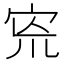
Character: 𡧬